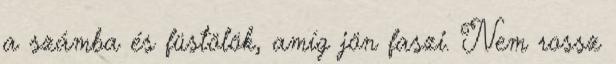
a számba és füstölök, amíg jön faszi. Nem rossz